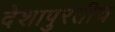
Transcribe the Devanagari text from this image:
देशापुरतीच